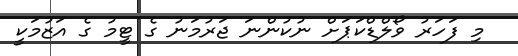
މި ފަހަރު ވޯލްޑްކަޕަށް ނުކުންނަ ޖަރުމަނު ގެ ޓީމު ގެ އަޒުމަކީ